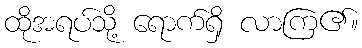
ထိုအရပ်သို့ ရောက်ရှိ လာကြ၏။